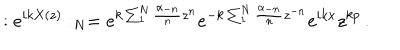
: e ^ { i k X ( z ) } : _ { N } = e ^ { k \sum _ { 1 } ^ { N } \frac { \alpha _ { - n } } { n } z ^ { n } } e ^ { - k \sum _ { 1 } ^ { N } \frac { \alpha _ { - n } } { n } z ^ { - n } } e ^ { i k x } z ^ { k p } \, .